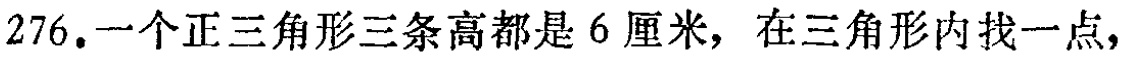
276. 一个正三角形三条高都是 6 厘米，在三角形内找一点，